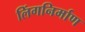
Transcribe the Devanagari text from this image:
लिंगनिर्माण